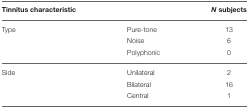
<table><thead><tr><td><b>Tinnitus characteristic</b></td><td></td><td><b><i>N</i> subjects</b></td></tr></thead><tbody><tr><td>Type</td><td>Pure-tone</td><td>13</td></tr><tr><td></td><td>Noise</td><td>6</td></tr><tr><td></td><td>Polyphonic</td><td>0</td></tr><tr><td>Side</td><td>Unilateral</td><td>2</td></tr><tr><td></td><td>Bilateral</td><td>16</td></tr><tr><td></td><td>Central</td><td>1</td></tr></tbody></table>